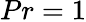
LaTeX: Pr=1